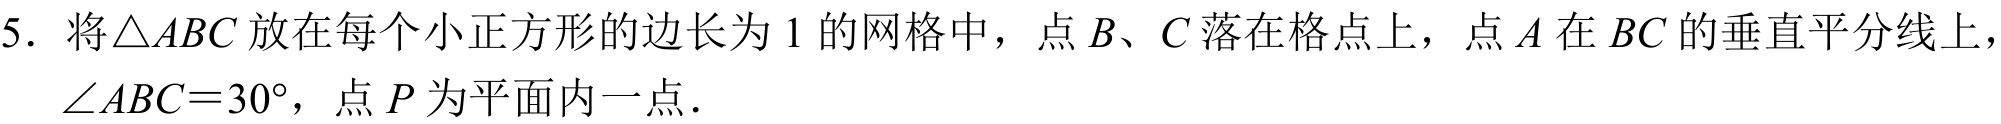
5. 将\(\triangle ABC\)放在每个小正方形的边长为1的网格中，点\(B\)、\(C\)落在格点上，点\(A\)在\(BC\)的垂直平分线上，\(\angle ABC = 30^{\circ}\)，点\(P\)为平面内一点．